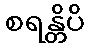
စရန္တိပိ